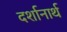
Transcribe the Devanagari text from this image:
दर्शानार्थ